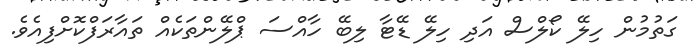
ގަތުމުން ހިލޭ ކޯލްސް އަދި ހިލޭ ޑޭޓާ ލިބޭ ހާއްސަ ޕްލޭންތަކެއް ތައާރަފްކޮށްފިއެވެ.